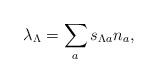
LaTeX: \begin{align*}\lambda_\Lambda = \sum_a s_{\Lambda a} n_a,\end{align*}